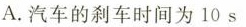
A.汽车的刹车时间为10s